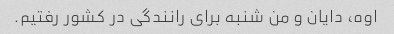
اوه، دایان و من شنبه برای رانندگی در کشور رفتیم.